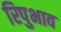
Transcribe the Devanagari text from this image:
रिपुभाव